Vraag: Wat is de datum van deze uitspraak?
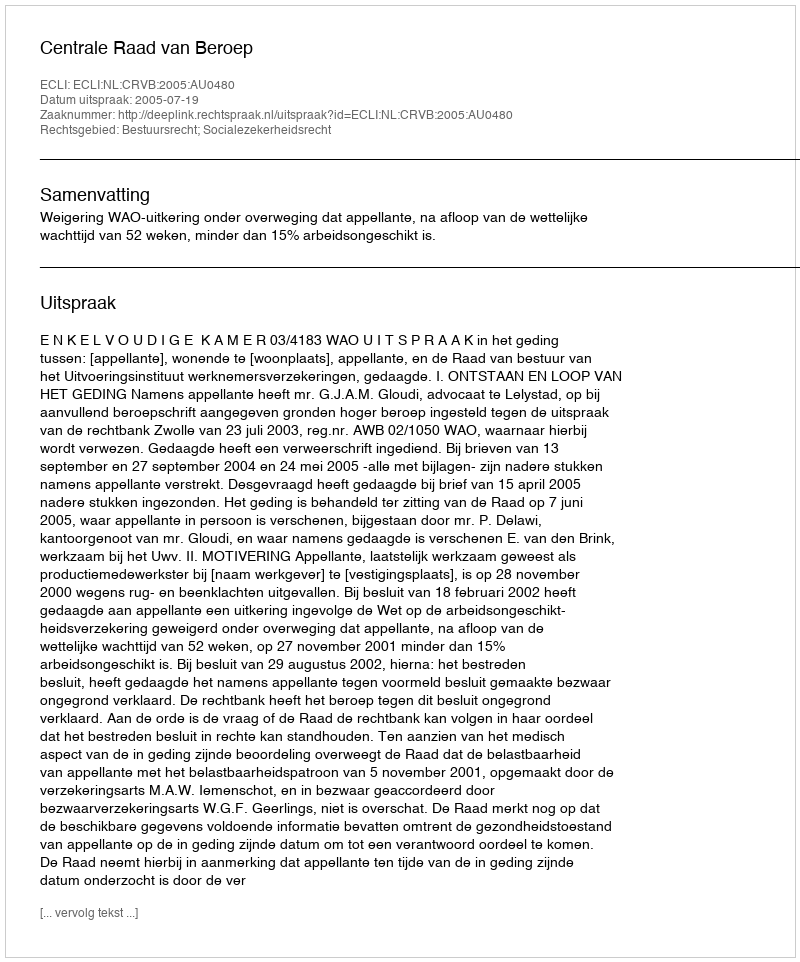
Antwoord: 2005-07-19